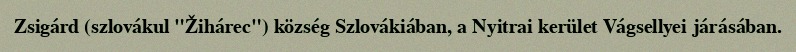
Zsigárd (szlovákul "Žihárec") község Szlovákiában, a Nyitrai kerület Vágsellyei járásában.